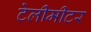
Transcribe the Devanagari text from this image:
टेलीमीटर